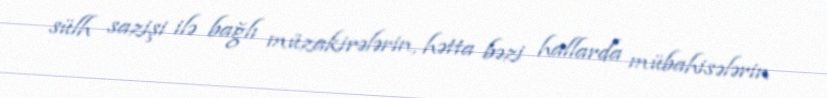
sülh sazişi ilə bağlı müzakirələrin, hətta bəzi hallarda mübahisələrin